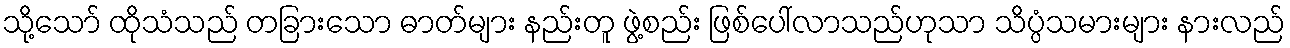
သို့သော် ထိုသံသည် တခြားသော ဓာတ်များ နည်းတူ ဖွဲ့စည်း ဖြစ်ပေါ်လာသည်ဟုသာ သိပ္ပံသမားများ နားလည်